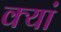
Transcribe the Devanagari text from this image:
क्यां